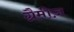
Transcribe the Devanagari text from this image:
ग्रैमीज़